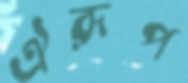
ঐরূপ